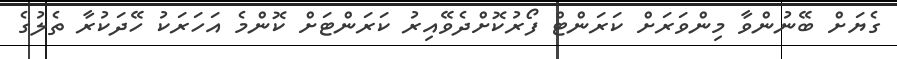
ގެޔަށް ބޭނުންވާ މިންވަރަށް ކަރަންޓް ފޯރުކޮށްދެވޭއިރު ކަރަންޓަށް ކޮންމެ އަހަރަކު ހޭދަކުރާ ތެލުގެ